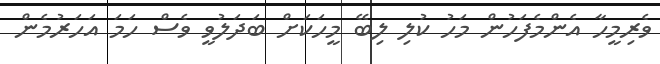
ވެރިމީހާ އެންމެފަހުން މަހު ކުލި ލިބޭ މީހަކަށް ބަދަލުވީ ވެސް ހަމަ އަހަރުމެން